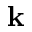
\textbf { k }